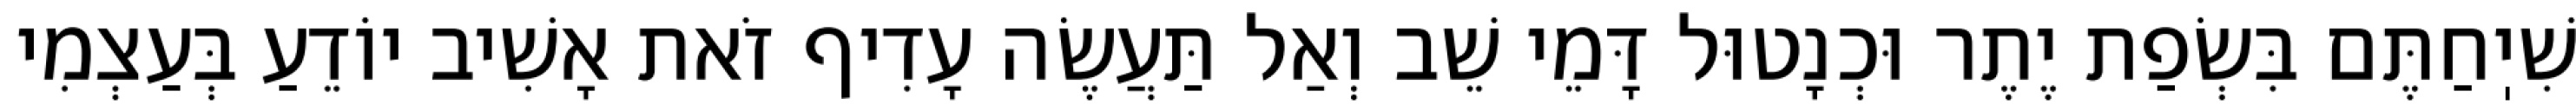
שִׁיֽחַתֶּם בִּשְׂפַת יֶתֶר וּכְנָטוּל דָּמֵי שֵׁב וְאַל תַּעֲשֶׂה עָדִיף זֹאת אָשִׁיב יוֹדֵעַ בְּעַצְמִי